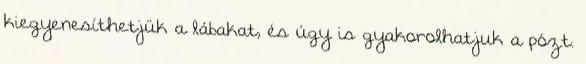
kiegyenesíthetjük a lábakat, és úgy is gyakorolhatjuk a pózt.